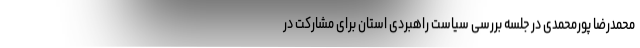
محمدرضا پورمحمدی در جلسه بررسی سیاست راهبردی استان برای مشارکت در